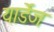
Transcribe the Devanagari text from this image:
यार्डेज